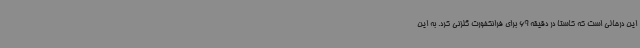
این درحالی است که کاستا در دقیقه 69 برای فرانکفورت گلزنی کرد. به این